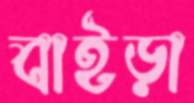
বাইড়া